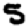
Digit: 5